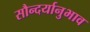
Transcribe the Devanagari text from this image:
सौन्दर्यानुभाव